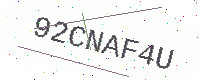
Text: 92CNAF4U